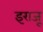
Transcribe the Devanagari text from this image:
इराजू